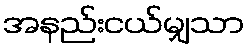
အနည်းငယ်မျှသာ